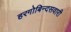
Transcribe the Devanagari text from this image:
हरगोबिन्दसवारी